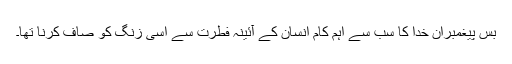
بس پیغمبران خدا کا سب سے اہم کام انسان کے آئینہ فطرت سے اسی زنگ کو صاف کرنا تھا۔